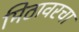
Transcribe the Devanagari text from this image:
मिठावरचा